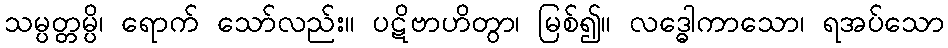
သမ္ပတ္တမ္ပိ၊ ရောက် သော်လည်း။ ပဋိဗာဟိတွာ၊ မြစ်၍။ လဒ္ဓေါကာသော၊ ရအပ်သော